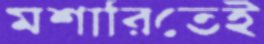
মশারিতেই